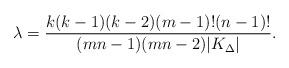
LaTeX: \begin{align*}\lambda=\frac{k(k-1)(k-2)(m-1)!(n-1)!}{(mn-1)(mn-2)|K_\Delta|}.\end{align*}